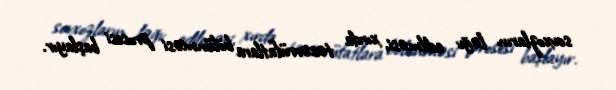
sovxozların ləğv edilməsi, xırda təsərrüfatlara bölünməsi prosesi başlayır.